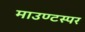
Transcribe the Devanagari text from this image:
माउण्टस्पर